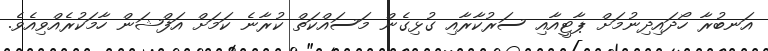
އަނބުރާ ހޯދައިދިނުމަށް ޕާޓީއާއި ސަރުކާރާއި ގުޅިގެން މަސައްކަތް ކުރާނެ ކަމަށް އަފްޝަން ހާމަކުރެއްވިއެވެ.